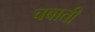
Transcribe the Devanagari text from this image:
चबाती